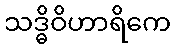
သဒ္ဓိဝိဟာရိကေ